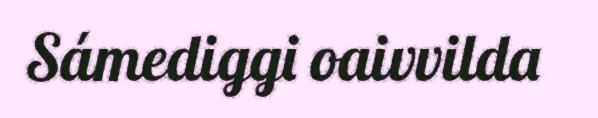
Sámediggi oaivvilda